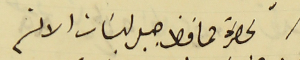
لحضرة محافظ جبل لبنان الافخم